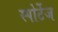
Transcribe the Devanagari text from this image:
स्पोर्टेज